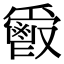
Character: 𩰣